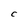
Character: C